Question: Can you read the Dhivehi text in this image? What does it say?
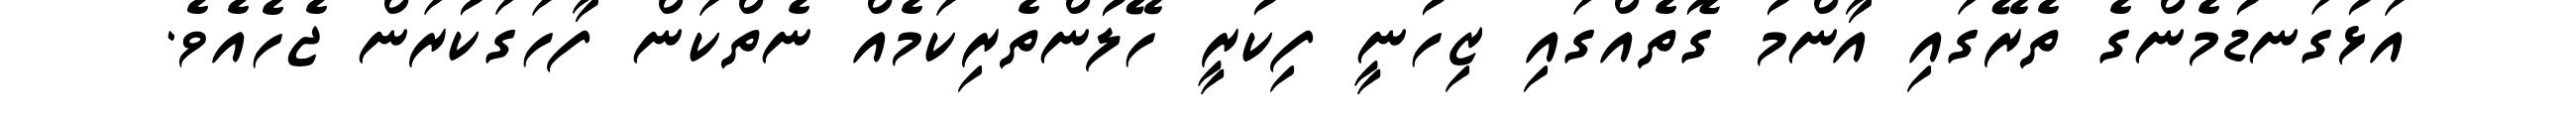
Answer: އަޅުގަނޑުމެންގެ ތެރޭގައި އާންމު ގޮތެއްގައި ޒިހުނީ ފިކުރީ ހޭލުންތެރިކަމެއް ނެތްކަން ފާހަގަކުރަން ޖެހެއެވެ.